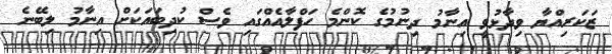
ޒަކަރިއްޔާ ވިދާޅުވީ އިނާމު ދިނުމުގެ ކޮންމެ ހަފްލާއެއްގައި ވެސް ކުދިބައަކަށް އިނާމު ލިބޭނެ